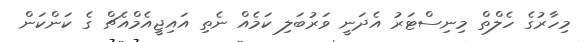
މިހާރުގެ ހެލްތް މިނިސްޓަރު އެދަނީ ވަރުބަލި ކަމެއް ނެތި އައިޖީއެމްއެެޗް ގެ ކަންކަން